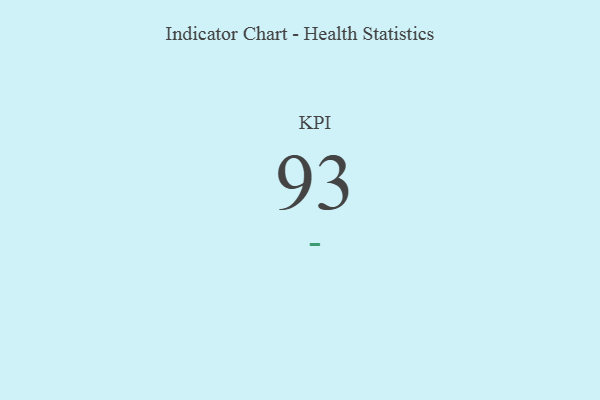
{"axis": {"x": "KPI", "y": "Value"}, "legend": [""], "data": [{"x": "KPI", "y": 93, "type": ""}]}